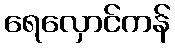
ရေလှောင်ကန်